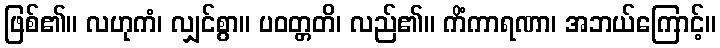
ဖြစ်၏။ လဟုကံ၊ လျှင်စွာ။ ပဝတ္တတိ၊ လည်၏။ ကိံကာရဏာ၊ အဘယ်ကြောင့်။